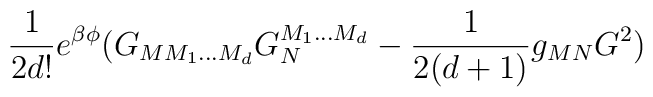
\frac{1}{2d!}e^{\beta \phi}(G_{MM_{1}...M_{d}}G_{N}^{M_{1}...M_{d}}- \frac{1}{2(d+1)}g_{MN}G^{2})